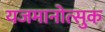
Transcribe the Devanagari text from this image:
यजमानोत्सुक